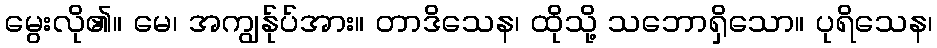
မွေးလို၏။ မေ၊ အကျွန်ုပ်အား။ တာဒိသေန၊ ထိုသို့ သဘောရှိသော။ ပုရိသေန၊